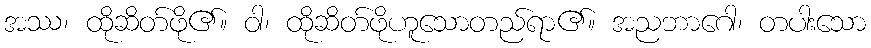
အဿ၊ ထိုဆိတ်ဖို၏။ ဝါ၊ ထိုဆိတ်ဖိုဟူသောတည်ရာ၏။ အညဘာဂေါ၊ တပါးသော